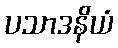
ပသာဒနိယံ